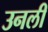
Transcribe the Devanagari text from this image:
उनली